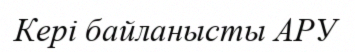
Кері байланысты АРУ